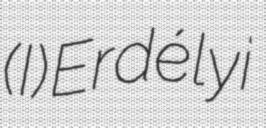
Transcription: (I) Erdélyi